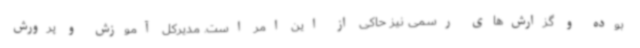
بوده و گزارش‌های رسمی نیز حاکی از این امر است. مدیرکل آموزش و پرورش